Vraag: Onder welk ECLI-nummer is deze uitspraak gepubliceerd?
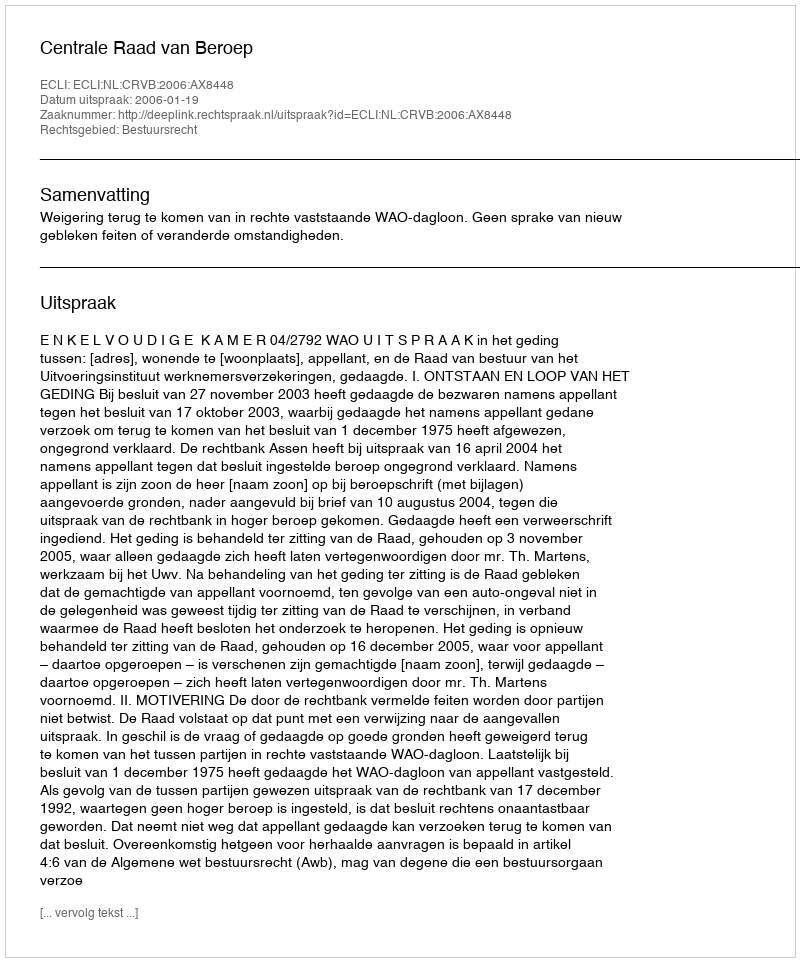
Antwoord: ECLI:NL:CRVB:2006:AX8448